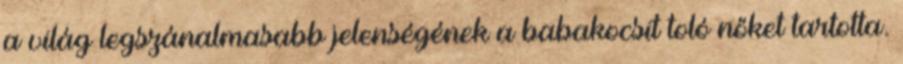
a világ legszánalmasabb jelenségének a babakocsit toló nőket tartotta.